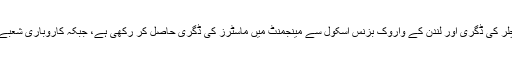
اٹھائیس سالہ نوجوان فضا نے ایم ایس سی اور لاہور کی 'لمس یونیورسٹی سے سائنس اکنامکس میں بیچلر کی ڈگری اور لندن کے واروک بزنس اسکول سے مینجمنٹ میں ماسٹرز کی ڈگری حاصل کر رکھی ہے، جبکہ کاروباری شعبے کے حوالے سے بین الاقوامی سطح پر منعقدہ سرگرمیوں اور کانفرنسوں میں شرکت بھی کرچکی ہیں۔